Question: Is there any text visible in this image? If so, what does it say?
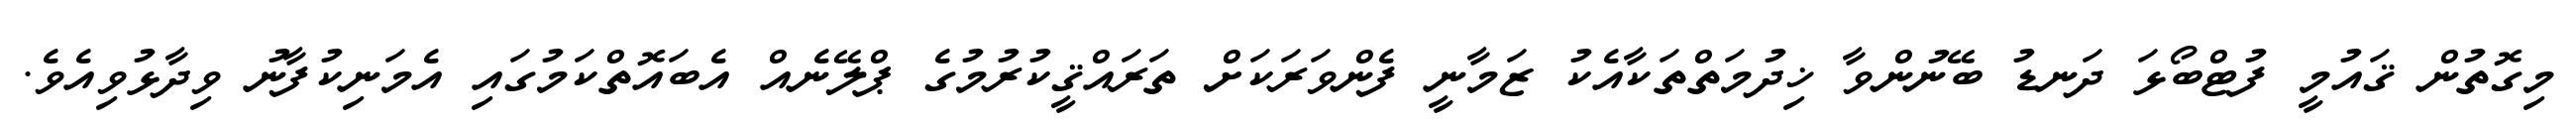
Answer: މިގޮތުން ޤައުމީ ފުޓްބޯޅަ ދަނޑު ބޭނުންވާ ޚިދުމަތްތަކާއެކު ޒަމާނީ ފެންވަރަކަށް ތަރައްޤީކުރުމުގެ ޕްލޭނެއް އެބައޮތްކަމުގައި އެމަނިކުފާނު ވިދާޅުވިއެވެ.